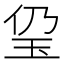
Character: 㺱